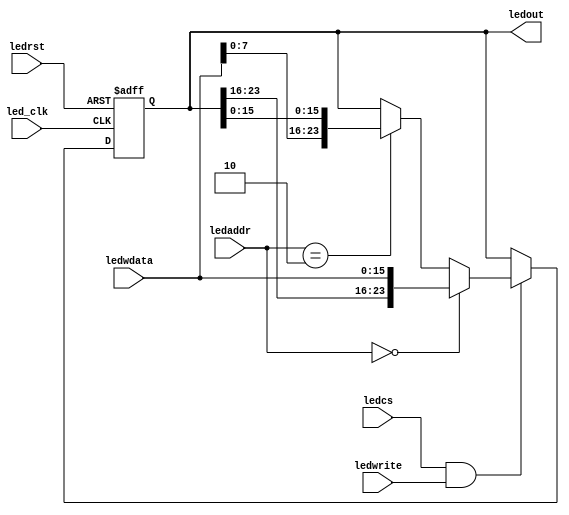
`timescale 1ns / 1ps
//////////////////////////////////////////////////////////////////////////////////

module leds(led_clk, ledrst, ledwrite, ledcs, ledaddr,ledwdata, ledout);
    input led_clk;    		    // clock 
    input ledrst; 		        // reset
    input ledwrite;		        // write enable
    input ledcs;		        // generated by memorio module, is the chip select of led
    input[1:0] ledaddr;	        // address[1:0], the lowest two bits of LED address
    input[15:0] ledwdata;	  	// data(16bit) to this module
    output[23:0] ledout;		// data to leds of minisys developing board
  
    reg [23:0] ledout;
    
    always@(posedge led_clk or posedge ledrst) begin
        if(ledrst) begin
            ledout <= 24'h000000;
        end
		//!!!!!!!!!!!!!!!!!!!!!!!!!!!!!!!!!!!
		else if(ledcs && ledwrite) begin
			if(ledaddr == 2'b00)
				ledout[23:0] <= { ledout[23:16], ledwdata[15:0] };
			else if(ledaddr == 2'b10 )
				ledout[23:0] <= { ledwdata[7:0], ledout[15:0] };
			else
				ledout <= ledout;
        end
		else begin
            ledout <= ledout;
        end
    end
endmodule